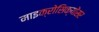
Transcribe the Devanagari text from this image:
माइक्रोसिक्योंसर